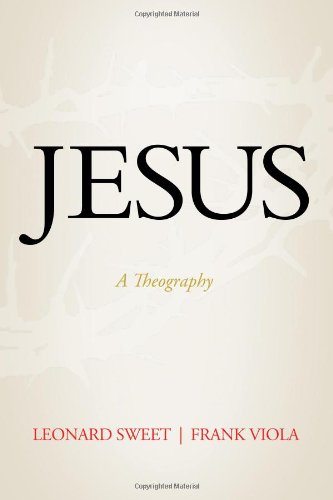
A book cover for Jesus: A Theography; Leonard Sweet; Christian Books & Bibles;